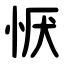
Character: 恹